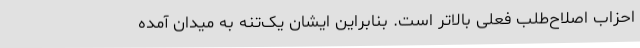
احزاب اصلاح‌طلب فعلی بالاتر است. بنابراین ایشان یک‌تنه به میدان آمده